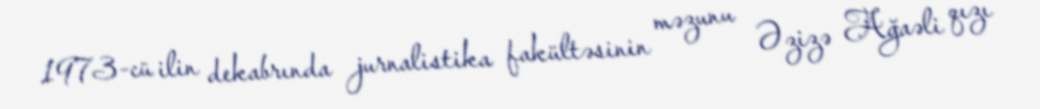
1973-cü ilin dekabrında jurnalistika fakültəsinin məzunu Əzizə Ağaəli qızı